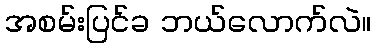
အစမ်းပြင်ခ ဘယ်လောက်လဲ။